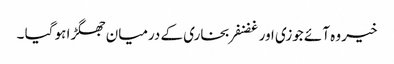
خیر وہ آئے جوزی اور غضنفر بخاری کے درمیان جھگڑا ہو گیا ۔